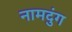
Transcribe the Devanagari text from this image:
नामदुंग